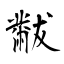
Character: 黻